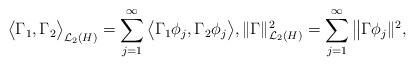
LaTeX: \begin{align*}\big<\Gamma_1,\Gamma_2\big>_{\mathcal{L}_2(H)}=\sum_{j=1}^\infty \big<\Gamma_1 \phi_j,\Gamma_2\phi_j\big>,\|\Gamma\|^2_{\mathcal{L}_2(H)}=\sum_{j=1}^\infty \big\|\Gamma \phi_j\|^2,\end{align*}